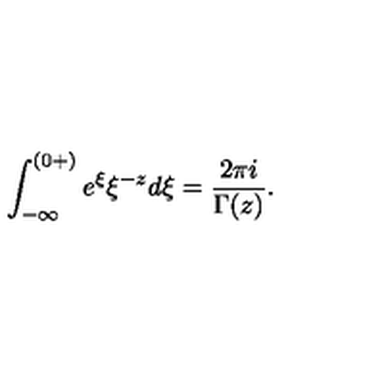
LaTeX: \int _ { - \infty } ^ { ( 0 + ) } e ^ { \xi } \xi ^ { - z } d \xi = \frac { 2 \pi i } { \Gamma ( z ) } .